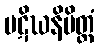
ပဋိဃနိမိတ္တံ